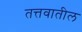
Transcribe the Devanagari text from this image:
तत्तवातील